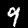
Digit: 9